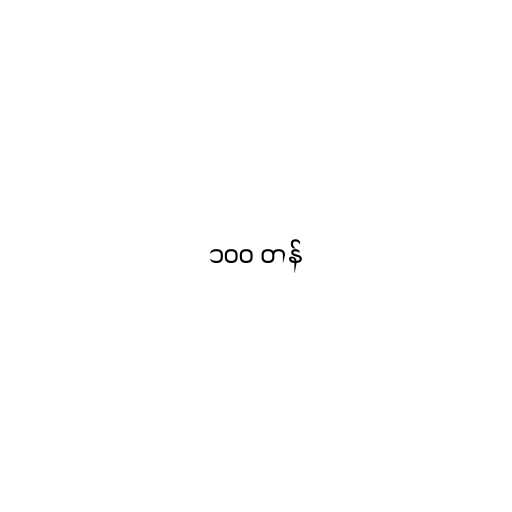
၁၀၀ တန်